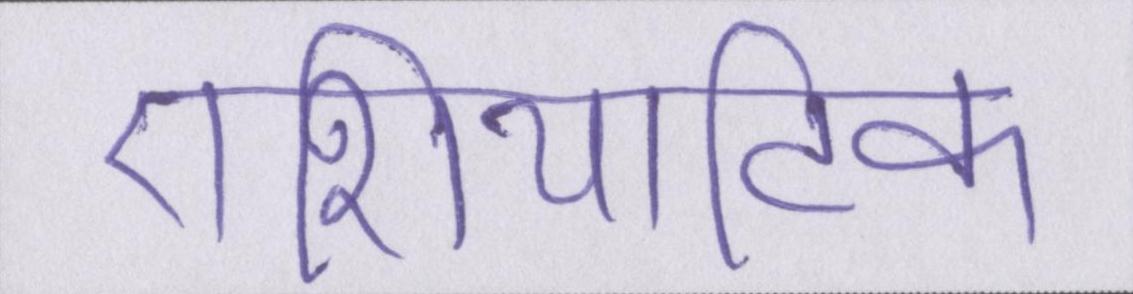
एशियाटिक